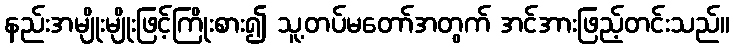
နည်းအမျိုးမျိုးဖြင့်ကြိုးစား၍ သူ့တပ်မတော်အတွက် အင်အားဖြည့်တင်းသည်။